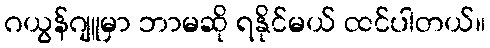
ဂယွန်ဂျူမှာ ဘာမဆို ရနိုင်မယ် ထင်ပါတယ်။